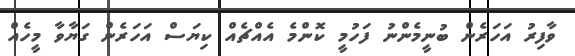
ވާފިރު އަހަރެން ބުނީމެންނު ފަހުމީ ކޮންމެ އެއްޗެއް ކިޔަސް އަހަރެން ގަޔާވާ މީހެއް